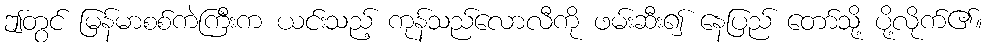
ဤတွင် မြန်မာစစ်ကဲကြီးက ယင်းသည့် ကုန်သည်လောလီကို ဖမ်းဆီး၍ နေပြည် တော်သို့ ပို့လိုက်၏။